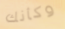
وكأنك